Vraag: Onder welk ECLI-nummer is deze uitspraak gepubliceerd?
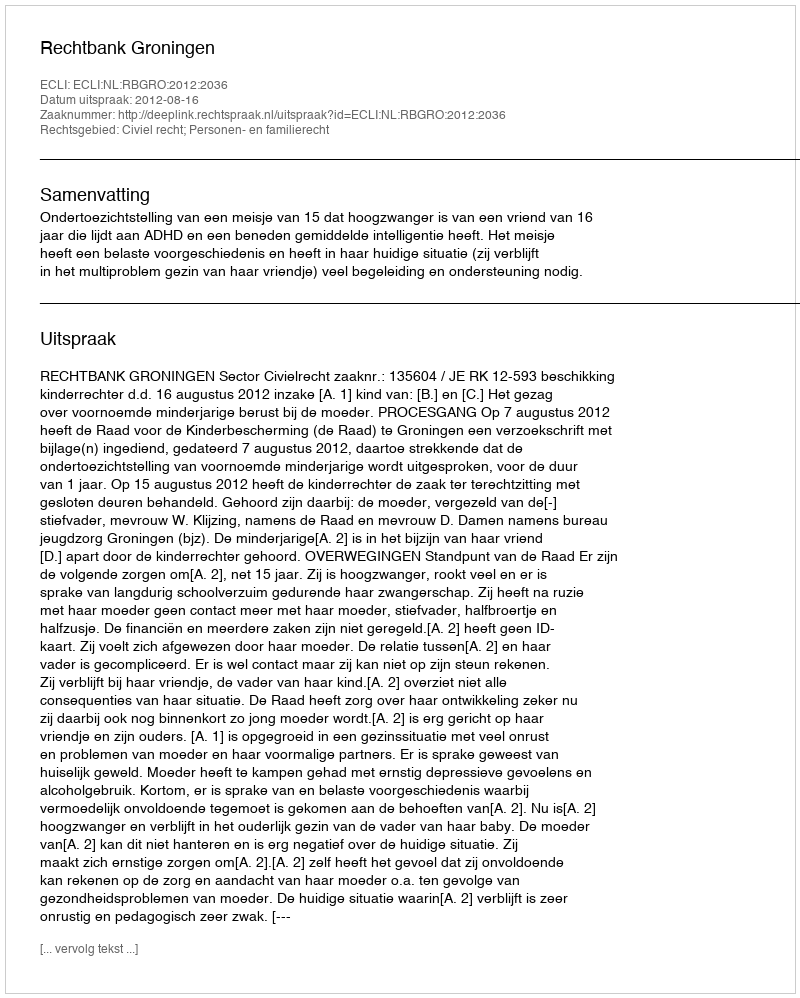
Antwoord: ECLI:NL:RBGRO:2012:2036